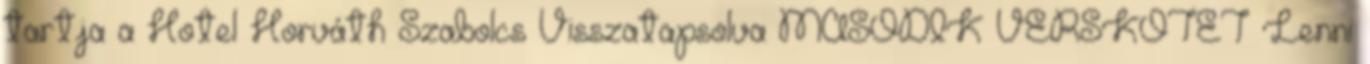
tartja a Hotel Horváth Szabolcs Visszatapsolva MÁSODIK VERSKÖTET Lenni